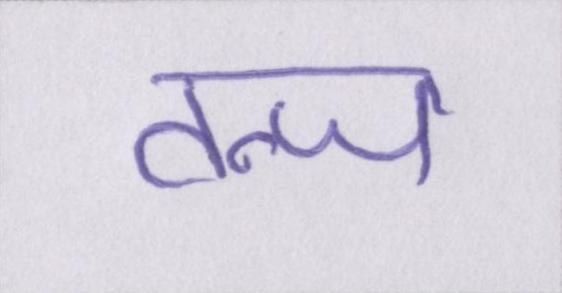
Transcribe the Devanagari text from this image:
तन्ज